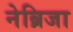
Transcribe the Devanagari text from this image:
नेब्रिजा